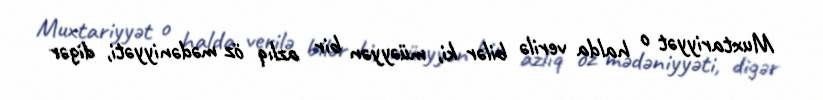
Muxtariyyət o halda verilə bilər ki, müəyyən bir azlıq öz mədəniyyəti, digər